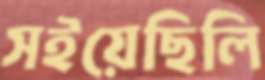
সইয়েছিলি